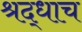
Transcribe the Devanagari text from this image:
श्रद्धाच